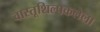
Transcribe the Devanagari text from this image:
वास्तूशिल्पकलेला